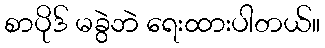
စာပိုဒ် မခွဲဘဲ ရေးထားပါတယ်။